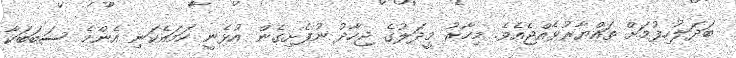
ބަދަލުހިފުމަށް ތައްޔާރުވެއްޖެއެވެ. މިހާރު މީދަލުގެ ޖިހާދު ނުފެށިގެން އުޅެނީ ހަމައެކަނި އެންމެ ސަބަބަކާ